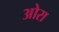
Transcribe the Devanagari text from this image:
ओरा